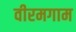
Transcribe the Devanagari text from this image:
वीरमगाम